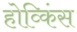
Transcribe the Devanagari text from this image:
होव्किंस